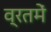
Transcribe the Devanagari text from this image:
व्रतमें